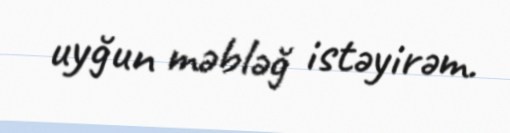
uyğun məbləğ istəyirəm.